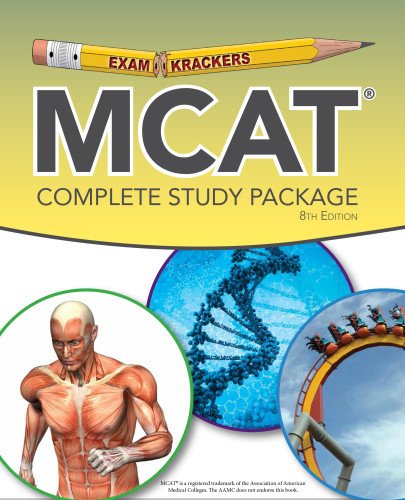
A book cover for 8th Edition Examkrackers MCAT Study Package (EXAMKRACKERS MCAT MANUALS); Jonathan Orsay; Test Preparation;